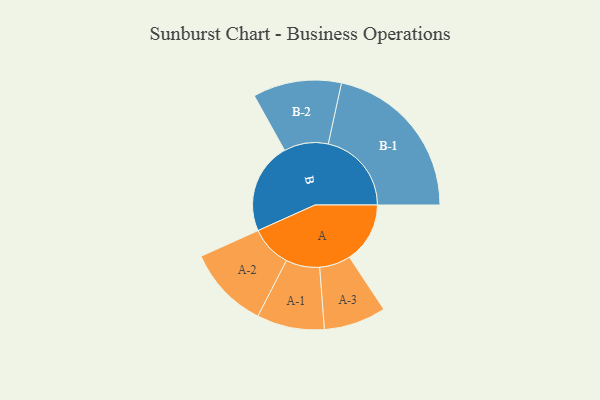
{"axis": {"x": "Segment", "y": "Value"}, "legend": ["", "A", "B"], "data": [{"x": "A", "y": 208, "type": ""}, {"x": "B", "y": 313, "type": ""}, {"x": "A-1", "y": 116, "type": "A"}, {"x": "A-2", "y": 142, "type": "A"}, {"x": "A-3", "y": 107, "type": "A"}, {"x": "B-1", "y": 286, "type": "B"}, {"x": "B-2", "y": 152, "type": "B"}]}